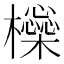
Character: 㰑